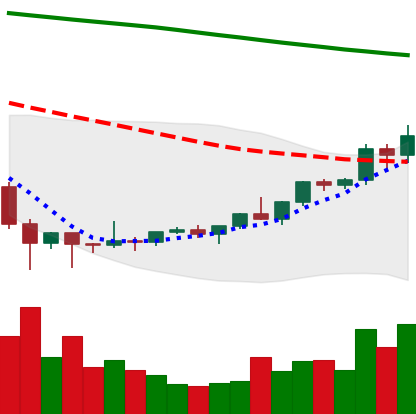
Ticker: ETC-USD
Chart end date: 2022-02-09
Forward return: -7.206%
Label: down_7plus